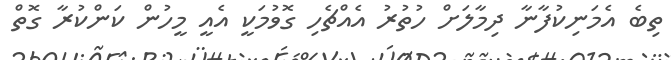
ތިބެ އެމަނިކުފާނާ ދިމާލަށް ހުތުރު އެއްޗެހި ގޮވުމަކީ އެއީ މީހުން ކަންކުރާ ގޮތް